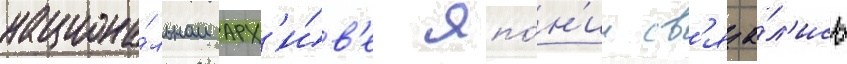
национа́льном арх'и́в'е япо́н'ии св'яза́л'ись